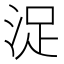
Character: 浞